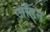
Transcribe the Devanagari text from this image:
जॉडन